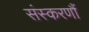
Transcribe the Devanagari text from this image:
संस्करणौं